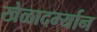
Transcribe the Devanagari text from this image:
खेळादर्म्यान